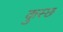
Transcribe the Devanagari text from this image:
कुस्छ